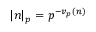
| n | _ { p } = p ^ { - v _ { p } ( n ) }